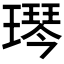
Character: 𬎋